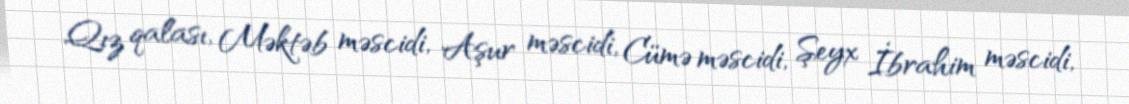
Qız qalası, Məktəb məscidi, Aşur məscidi, Cümə məscidi, Şeyx İbrahim məscidi,